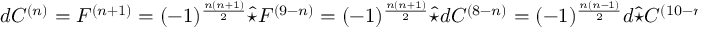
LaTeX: d C ^ { ( n ) } = F ^ { ( n + 1 ) } = ( - 1 ) ^ { \frac { n ( n + 1 ) } { 2 } } \hat { \star } F ^ { ( 9 - n ) } = ( - 1 ) ^ { \frac { n ( n + 1 ) } { 2 } } \hat { \star } d C ^ { ( 8 - n ) } = ( - 1 ) ^ { \frac { n ( n - 1 ) } { 2 } } d \hat { \star } C ^ { ( 1 0 - n ) } ,